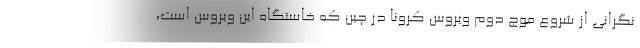
نگرانی از شروع موج دوم ویروس کرونا در چین که خاستگاه این ویروس است،